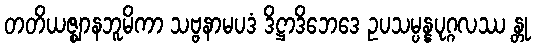
တတိယဇ္ဈာနဘူမိကာ သဗ္ဗနာမပဒံ ဒိဋ္ဌာဒိဘေဒေ ဥပသမ္ပန္နပုဂ္ဂလဿ န္တု